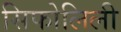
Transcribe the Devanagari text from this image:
सिफोलिली